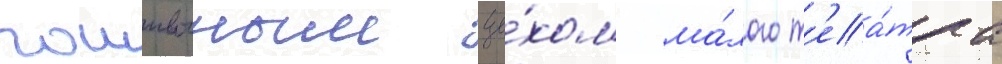
пошивочным це́хом ма́лого т'еа́тра